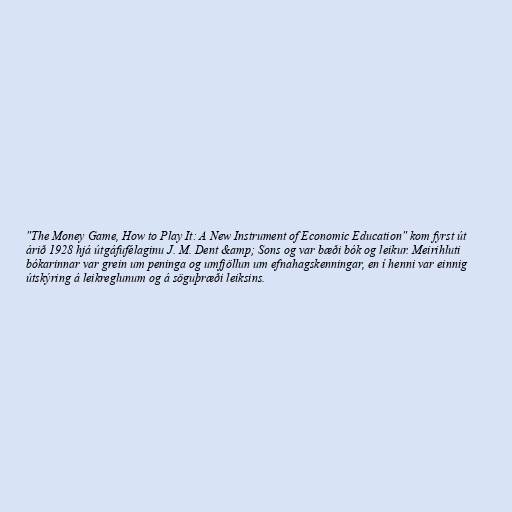
"The Money Game, How to Play It: A New Instrument of Economic Education" kom fyrst út
árið 1928 hjá útgáfufélaginu J. M. Dent &amp; Sons og var bæði bók og leikur. Meirihluti
bókarinnar var grein um peninga og umfjöllun um efnahagskenningar, en í henni var einnig
útskýring á leikreglunum og á söguþræði leiksins.